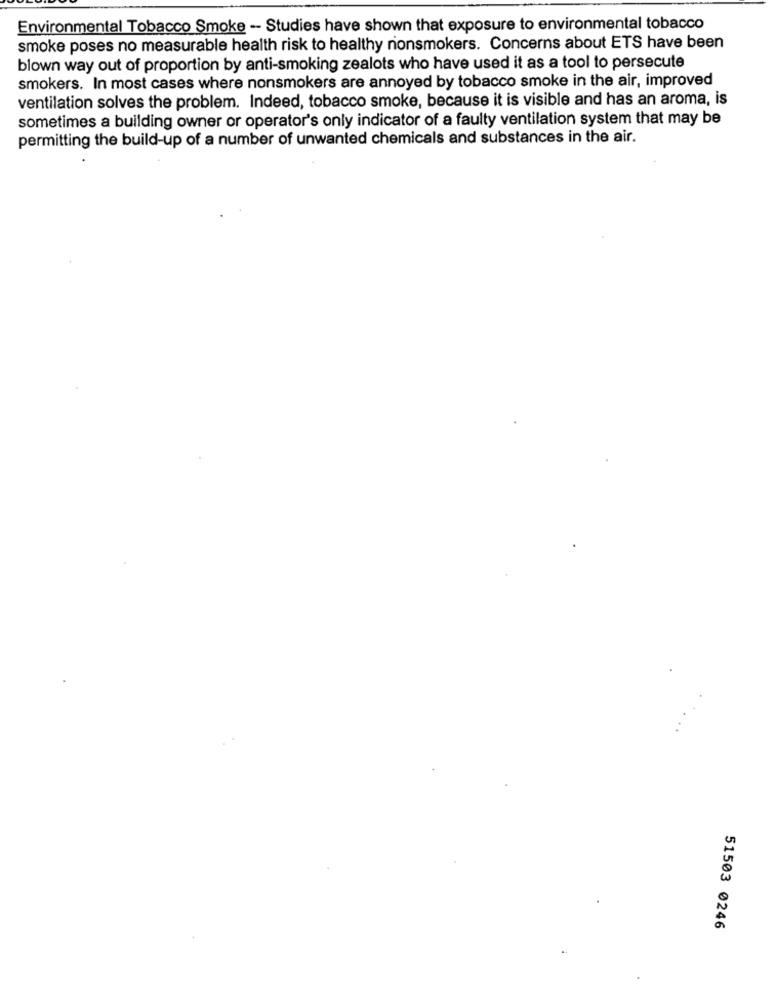
Environmental Tobacco Smoke -- Studies have shown that exposure to environmental tobacco
smoke poses no measurable health risk to healthy nonsmokers. Concerns about ETS have been
blown way out of proportion by anti-smoking zealots who have used it as a tool to persecute
smokers. In most cases where nonsmokers are annoyed by tobacco smoke in the air, improved
ventilation solves the problem. Indeed, tobacco smoke, because it is visible and has an aroma, is
sometimes a building owner or operator's only indicator of a faulty ventilation system that may be
permitting the build-up of a number of unwanted chemicals and substances in the air.
51503 0246